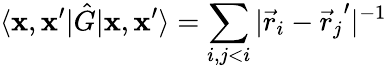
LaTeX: \langle\mathbf{x},\mathbf{x}^{\prime}|\hat{G}|\mathbf{x},\mathbf{x}^{\prime}\rangle=\sum_{i,j<i}|\vec{r}_{i}-{\vec{r}_{j}}^{\prime}|^{-1}